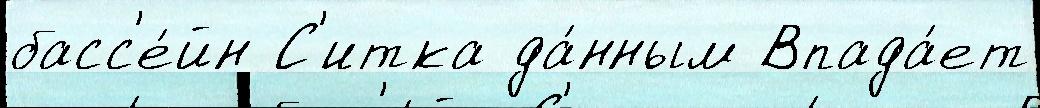
басс'е́йн С'итка да́нным Впада́ет